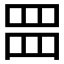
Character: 𮊂